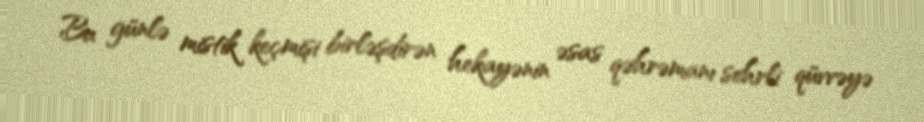
Bu günlə mistik keçmişi birləşdirən hekayənin əsas qəhrəmanı sehrli qüvvəyə